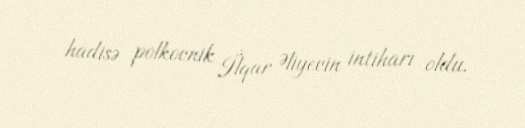
hadisə polkovnik İlqar Əliyevin intiharı oldu.